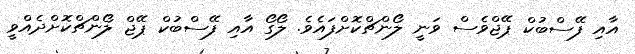
އާއި ފޭސްބުކް ޕޭޖްވެސް ވަނީ ލޯންޗްކޮށްފައެވެ. ލޯގޯ އާއި ފޭސްބުކް ޕޭޖް ލޯންޗްކޮށްދެއްވީ